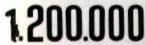
1.200.000